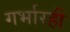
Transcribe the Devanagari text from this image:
गर्भारही